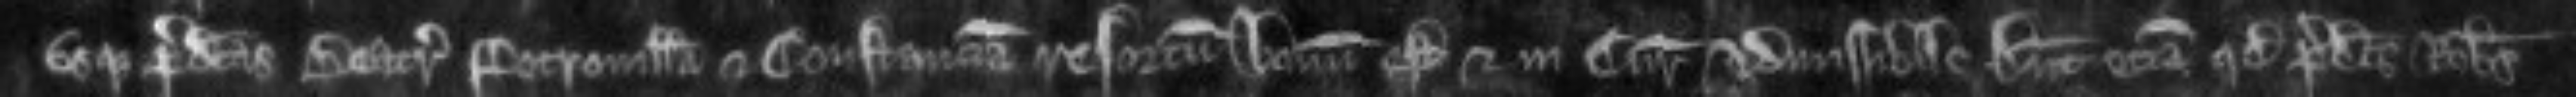
usque predictas Beatricem Petronillam et Constanciam resortum bonum est et in curia admissibile. Dicunt etiam quod predictus Robertus